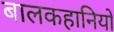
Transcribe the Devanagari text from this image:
बालकहानियों